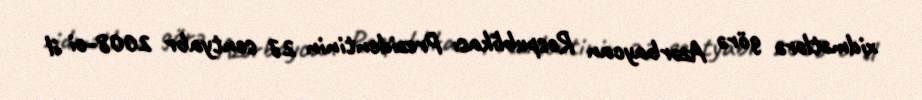
xidmətlərə görə Azərbaycan Respublikası Prezidentinin 27 sentyabr 2008-ci il